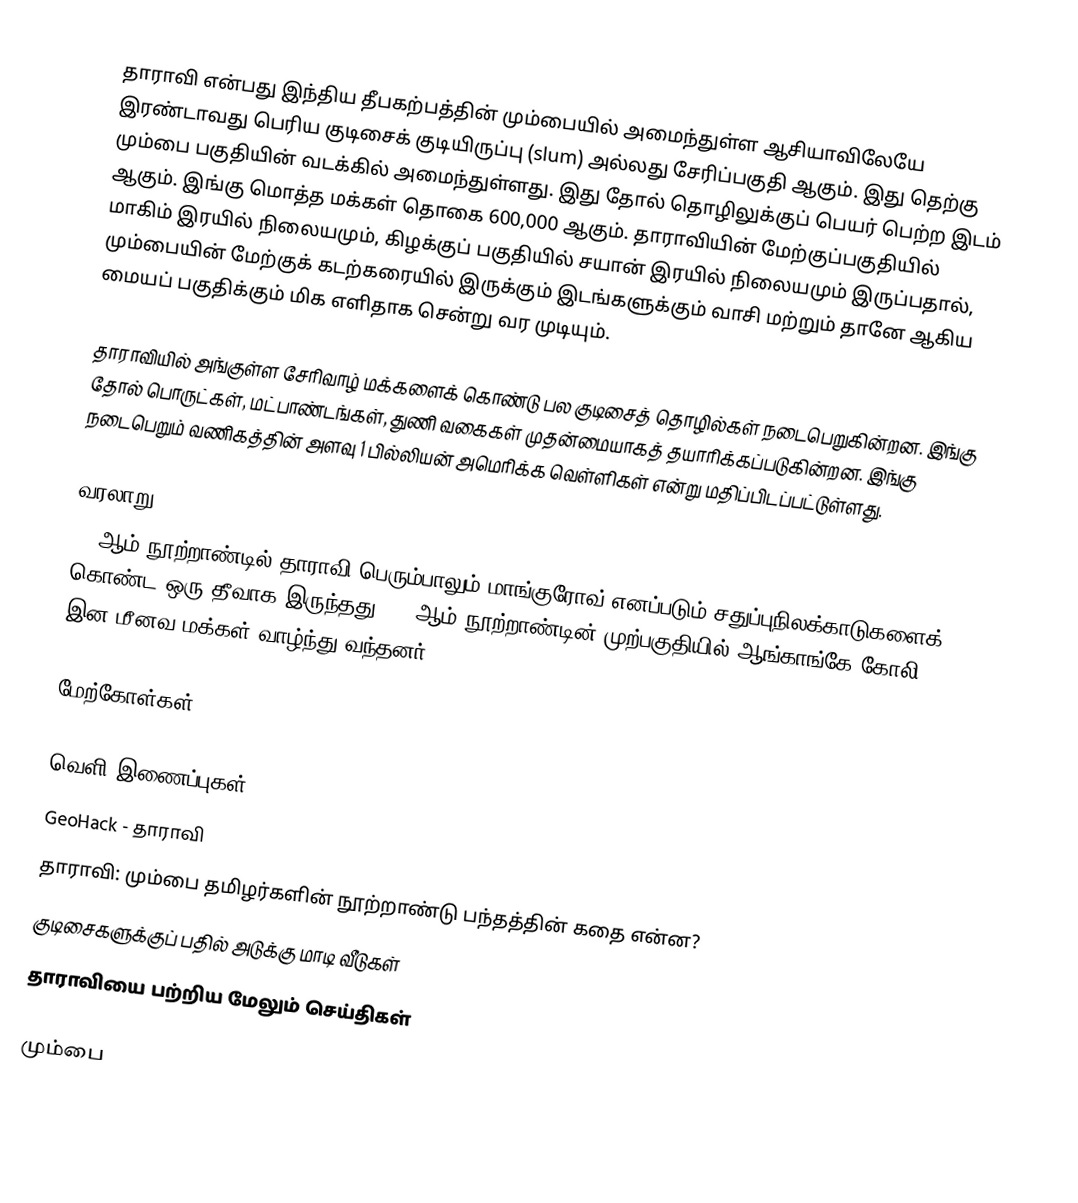
தாராவி என்பது இந்திய தீபகற்பத்தின் மும்பையில் அமைந்துள்ள ஆசியாவிலேயே இரண்டாவது பெரிய குடிசைக் குடியிருப்பு (slum) அல்லது சேரிப்பகுதி ஆகும். இது தெற்கு மும்பை பகுதியின் வடக்கில் அமைந்துள்ளது. இது தோல் தொழிலுக்குப் பெயர் பெற்ற இடம் ஆகும். இங்கு மொத்த மக்கள் தொகை 600,000 ஆகும். தாராவியின் மேற்குப்பகுதியில் மாகிம் இரயில் நிலையமும், கிழக்குப் பகுதியில் சயான் இரயில் நிலையமும் இருப்பதால், மும்பையின் மேற்குக் கடற்கரையில் இருக்கும் இடங்களுக்கும் வாசி மற்றும் தானே ஆகிய மையப் பகுதிக்கும் மிக எளிதாக சென்று வர முடியும்.

தாராவியில் அங்குள்ள சேரிவாழ் மக்களைக் கொண்டு பல குடிசைத் தொழில்கள் நடைபெறுகின்றன. இங்கு தோல் பொருட்கள், மட்பாண்டங்கள், துணி வகைகள் முதன்மையாகத் தயாரிக்கப்படுகின்றன. இங்கு நடைபெறும் வணிகத்தின் அளவு 1 பில்லியன் அமெரிக்க வெள்ளிகள் என்று மதிப்பிடப்பட்டுள்ளது.

வரலாறு
18-ஆம் நூற்றாண்டில் தாராவி பெரும்பாலும் மாங்குரோவ் எனப்படும் சதுப்புநிலக்காடுகளைக் கொண்ட ஒரு தீவாக இருந்தது. 19-ஆம் நூற்றாண்டின் முற்பகுதியில் ஆங்காங்கே கோலி இன மீனவ மக்கள் வாழ்ந்து வந்தனர்.

மேற்கோள்கள்

வெளி இணைப்புகள்
 GeoHack - தாராவி
 தாராவி: மும்பை தமிழர்களின் நூற்றாண்டு பந்தத்தின் கதை என்ன?
 குடிசைகளுக்குப் பதில் அடுக்கு மாடி வீடுகள்
 தாராவியை பற்றிய மேலும் செய்திகள்

மும்பை